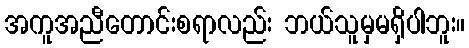
အကူအညီတောင်းစရာလည်း ဘယ်သူမှမရှိပါဘူး။